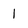
Character: 1